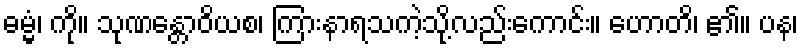
ဓမ္မံ၊ ကို။ သုဏန္တောဝိယစ၊ ကြားနာရသကဲ့သို့လည်းကောင်း။ ဟောတိ၊ ၏။ ပန၊